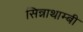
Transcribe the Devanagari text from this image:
सिन्नाथाम्बी